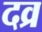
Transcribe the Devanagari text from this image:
दव्र